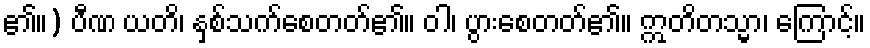
၏။) ပီဏ ယတိ၊ နှစ်သက်စေတတ်၏။ ဝါ၊ ပွားစေတတ်၏။ ဣတိတသ္မာ၊ ကြောင့်။